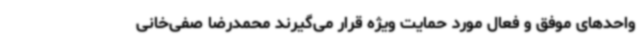
واحدهای موفق و فعال مورد حمایت ویژه قرار می‌گیرند محمدرضا صفی‌خانی